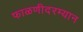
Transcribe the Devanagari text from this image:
फाळणीदरम्यान